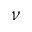
\nu